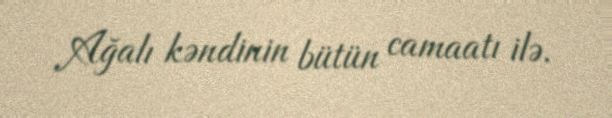
Ağalı kəndinin bütün camaatı ilə.